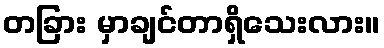
တခြား မှာချင်တာရှိသေးလား။